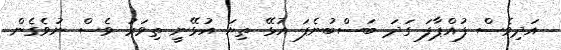
އަދިވެސް ފުއްޕާފަ ގަދަ ބަސްބުނެފަ އުޅޭ ތިޔަ އުޅޭނީ ތިވަރު ވެސް ނުވެގެން